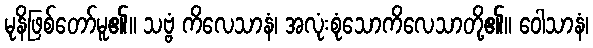
မုနိဖြစ်တော်မူ၏။ သဗ္ဗံ ကိလေသာနံ၊ အလုံးစုံသောကိလေသာတို့၏။ ဝေါသာနံ၊